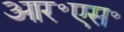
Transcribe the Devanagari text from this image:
आर॰एस॰